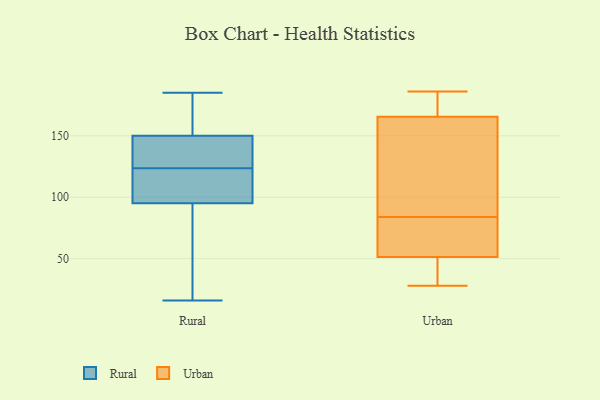
{"axis": {"x": "Energy Usage (MWh)", "y": "Value"}, "legend": ["Rural", "Urban"], "data": [{"x": "", "y": 66, "type": "Rural"}, {"x": "", "y": 16, "type": "Rural"}, {"x": "", "y": 130, "type": "Rural"}, {"x": "", "y": 143, "type": "Rural"}, {"x": "", "y": 176, "type": "Rural"}, {"x": "", "y": 117, "type": "Rural"}, {"x": "", "y": 150, "type": "Rural"}, {"x": "", "y": 111, "type": "Rural"}, {"x": "", "y": 95, "type": "Rural"}, {"x": "", "y": 185, "type": "Rural"}, {"x": "", "y": 152, "type": "Urban"}, {"x": "", "y": 28, "type": "Urban"}, {"x": "", "y": 52, "type": "Urban"}, {"x": "", "y": 170, "type": "Urban"}, {"x": "", "y": 54, "type": "Urban"}, {"x": "", "y": 84, "type": "Urban"}, {"x": "", "y": 186, "type": "Urban"}, {"x": "", "y": 177, "type": "Urban"}, {"x": "", "y": 29, "type": "Urban"}, {"x": "", "y": 51, "type": "Urban"}, {"x": "", "y": 111, "type": "Urban"}]}